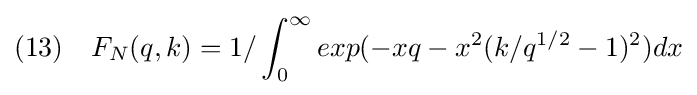
(13)\quad F_{N}(q,k)=1/\int _{0}^{\infty }exp(-xq-x^{2}(k/q^{1/2}-1)^{2})dx